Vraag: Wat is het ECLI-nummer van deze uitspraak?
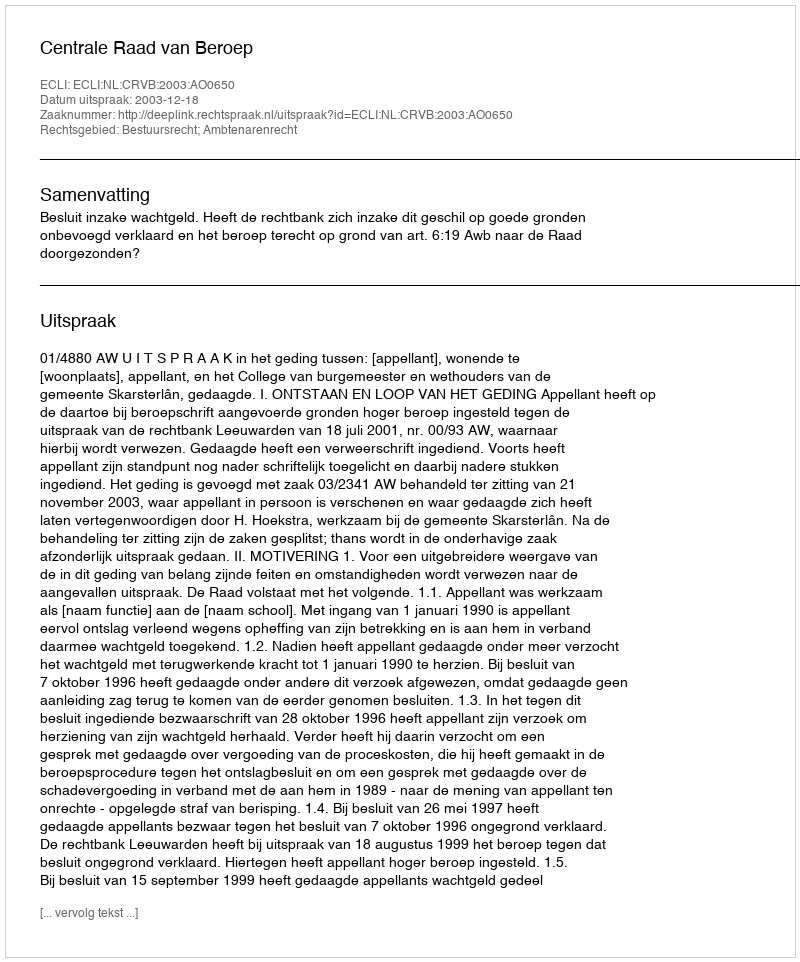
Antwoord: ECLI:NL:CRVB:2003:AO0650